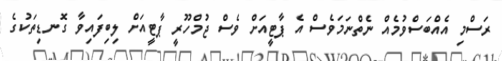
ރަސްމި އެއްބަސްވުމެއް ނެތްނަމަވެސް އެ ޕާޓީއަށް ވެސް ޖުމްހޫރީ ޕާޓީއަށް ލިބިފައިވާ ގޮނޑިތަކުގެ